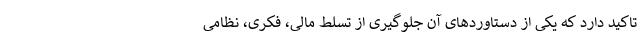
تاکید دارد که یکی از دستاوردهای آن جلوگیری از تسلط مالی، فکری، نظامی